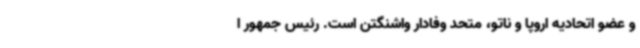
و عضو اتحادیه اروپا و ناتو، متحد وفادار واشنگتن است. رئیس جمهور ا